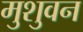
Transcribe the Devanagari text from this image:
मुशुवन